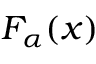
F _ { \alpha } ( x )